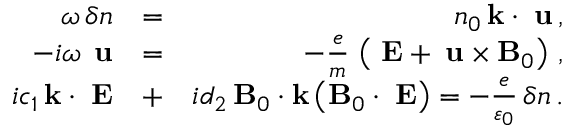
\begin{array} { r l r } { \omega \, \delta n } & { = } & { n _ { 0 } \, { \bf k } \cdot { \bf \delta u } \, , } \\ { - i \omega \, { \bf \delta u } } & { = } & { - \frac { e } { m } \, \left( { \bf \delta E } + { \bf \delta u } \times { \bf B } _ { 0 } \right) \, , } \\ { i c _ { 1 } \, { \bf k } \cdot { \bf \delta E } } & { + } & { i d _ { 2 } \, { \bf B } _ { 0 } \cdot { \bf k } \left( { \bf B } _ { 0 } \cdot { \bf \delta E } \right) = - \frac { e } { \varepsilon _ { 0 } } \, \delta n \, . } \end{array}